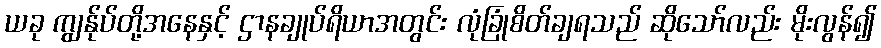
ယခု ကျွန်ုပ်တို့အနေနှင့် ဌာနချုပ်ရိယာအတွင်း လုံခြုံစိတ်ချရသည် ဆိုသော်လည်း မိုးလွန်၍